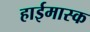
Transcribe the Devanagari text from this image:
हाईमास्क